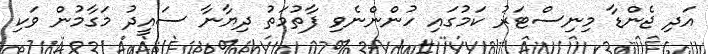
އަދި ޖެންޑާ މިނިސްޓަރު ކަމުގައި ހުންންނެވި ފާތުމަތު ދިޔާނާ ސައީދު މަގާމުން ވަކި